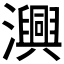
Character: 𭳢